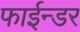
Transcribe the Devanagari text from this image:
फाईन्डर